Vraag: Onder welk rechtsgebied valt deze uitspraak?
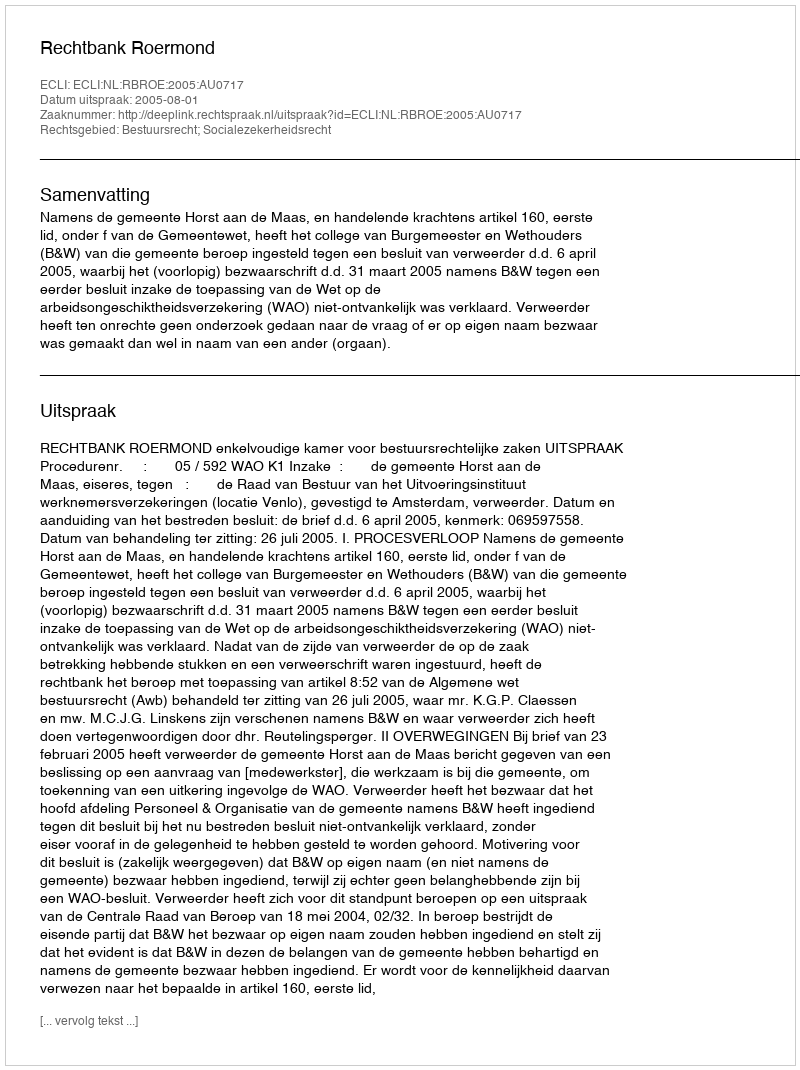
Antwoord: Bestuursrecht; Socialezekerheidsrecht